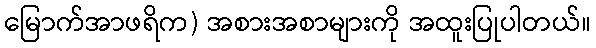
မြောက်အာဖရိက) အစားအစာများကို အထူးပြုပါတယ်။